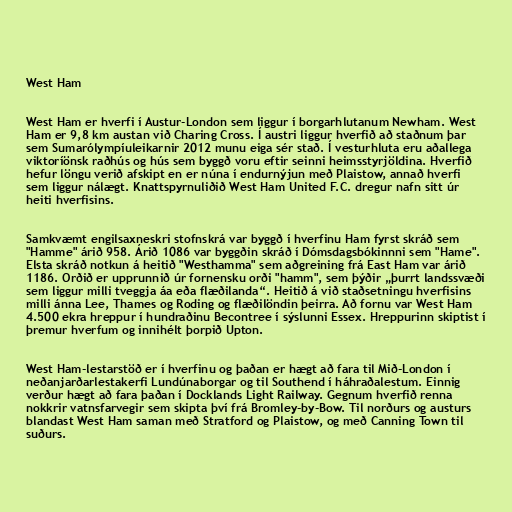
West Ham

West Ham er hverfi í Austur-London sem liggur í borgarhlutanum Newham. West
Ham er 9,8 km austan við Charing Cross. Í austri liggur hverfið að staðnum þar
sem Sumarólympíuleikarnir 2012 munu eiga sér stað. Í vesturhluta eru aðallega
viktoríönsk raðhús og hús sem byggð voru eftir seinni heimsstyrjöldina. Hverfið
hefur löngu verið afskipt en er núna í endurnýjun með Plaistow, annað hverfi
sem liggur nálægt. Knattspyrnuliðið West Ham United F.C. dregur nafn sitt úr
heiti hverfisins.

Samkvæmt engilsaxneskri stofnskrá var byggð í hverfinu Ham fyrst skráð sem
"Hamme" árið 958. Árið 1086 var byggðin skráð í Dómsdagsbókinnni sem "Hame".
Elsta skráð notkun á heitið "Westhamma" sem aðgreining frá East Ham var árið
1186. Orðið er upprunnið úr fornensku orði "hamm", sem þýðir „þurrt landssvæði
sem liggur milli tveggja áa eða flæðilanda“. Heitið á við staðsetningu hverfisins
milli ánna Lee, Thames og Roding og flæðilöndin þeirra. Að fornu var West Ham
4.500 ekra hreppur í hundraðinu Becontree í sýslunni Essex. Hreppurinn skiptist í
þremur hverfum og innihélt þorpið Upton.

West Ham-lestarstöð er í hverfinu og þaðan er hægt að fara til Mið-London í
neðanjarðarlestakerfi Lundúnaborgar og til Southend í háhraðalestum. Einnig
verður hægt að fara þaðan í Docklands Light Railway. Gegnum hverfið renna
nokkrir vatnsfarvegir sem skipta því frá Bromley-by-Bow. Til norðurs og austurs
blandast West Ham saman með Stratford og Plaistow, og með Canning Town til
suðurs.